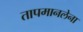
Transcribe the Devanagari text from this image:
तापमानलेना